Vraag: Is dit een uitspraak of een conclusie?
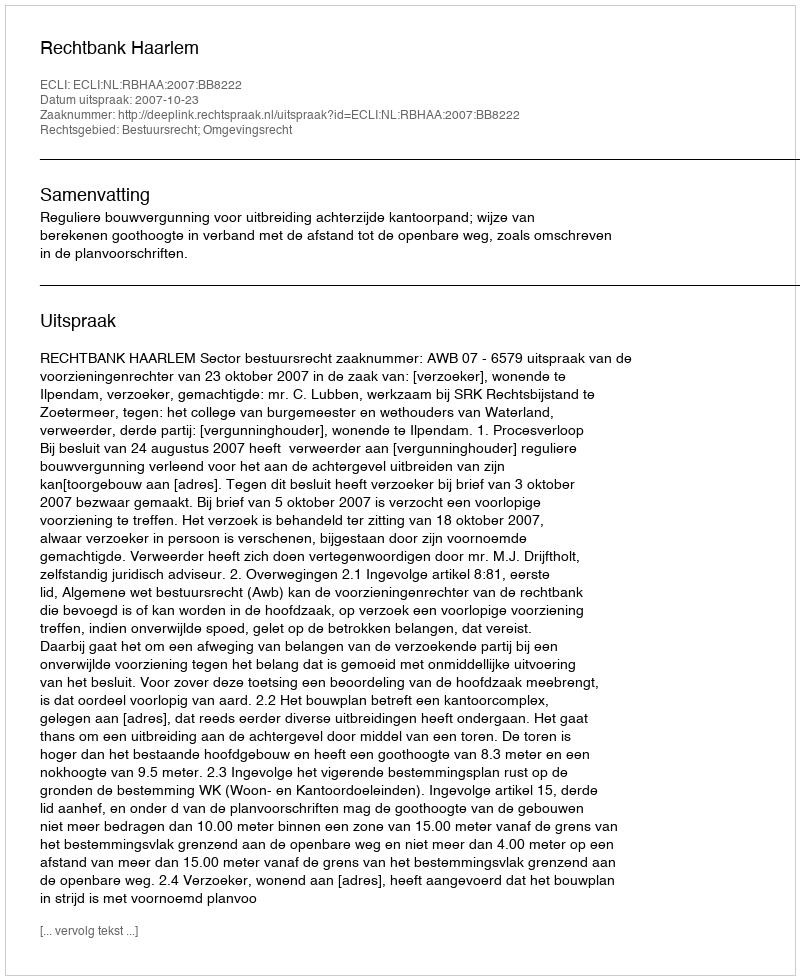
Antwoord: Uitspraak